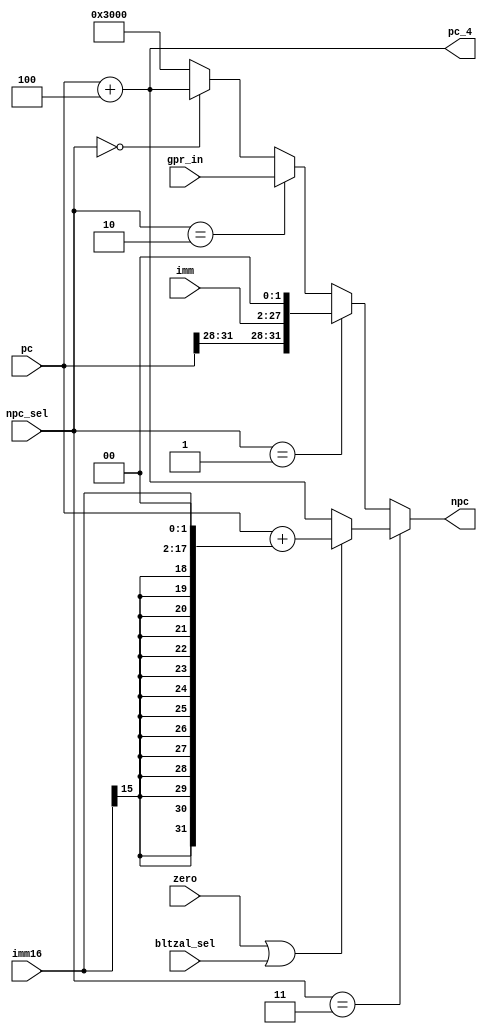
module npc(pc, imm, imm16, zero, npc_sel, gpr_in, npc, pc_4, bltzal_sel);
  input [31:0] pc;
  input [25:0] imm;
  input [15:0] imm16;
  input zero, bltzal_sel;
  
  // 00 - pc + 4
  // 01 - j / jal
  // 10 - jr
  // 11 - beq / bltzal
  input [1:0] npc_sel;
  
  // gpr_in is for jr
  input [31:0] gpr_in;
  output [31:0] npc, pc_4;
  
  assign pc_4 = pc + 4;
  
  assign npc = npc_sel == 2'b11 ? (zero || bltzal_sel) ? pc + {{14{imm16[15]}}, imm16, 2'b00}: pc_4:
         npc_sel == 2'b01 ? { pc[31:28], imm, 2'b00}:
         npc_sel == 2'b10 ? gpr_in :
         npc_sel == 2'b00 ? pc_4 : 32'h0000_3000;
         
endmodule